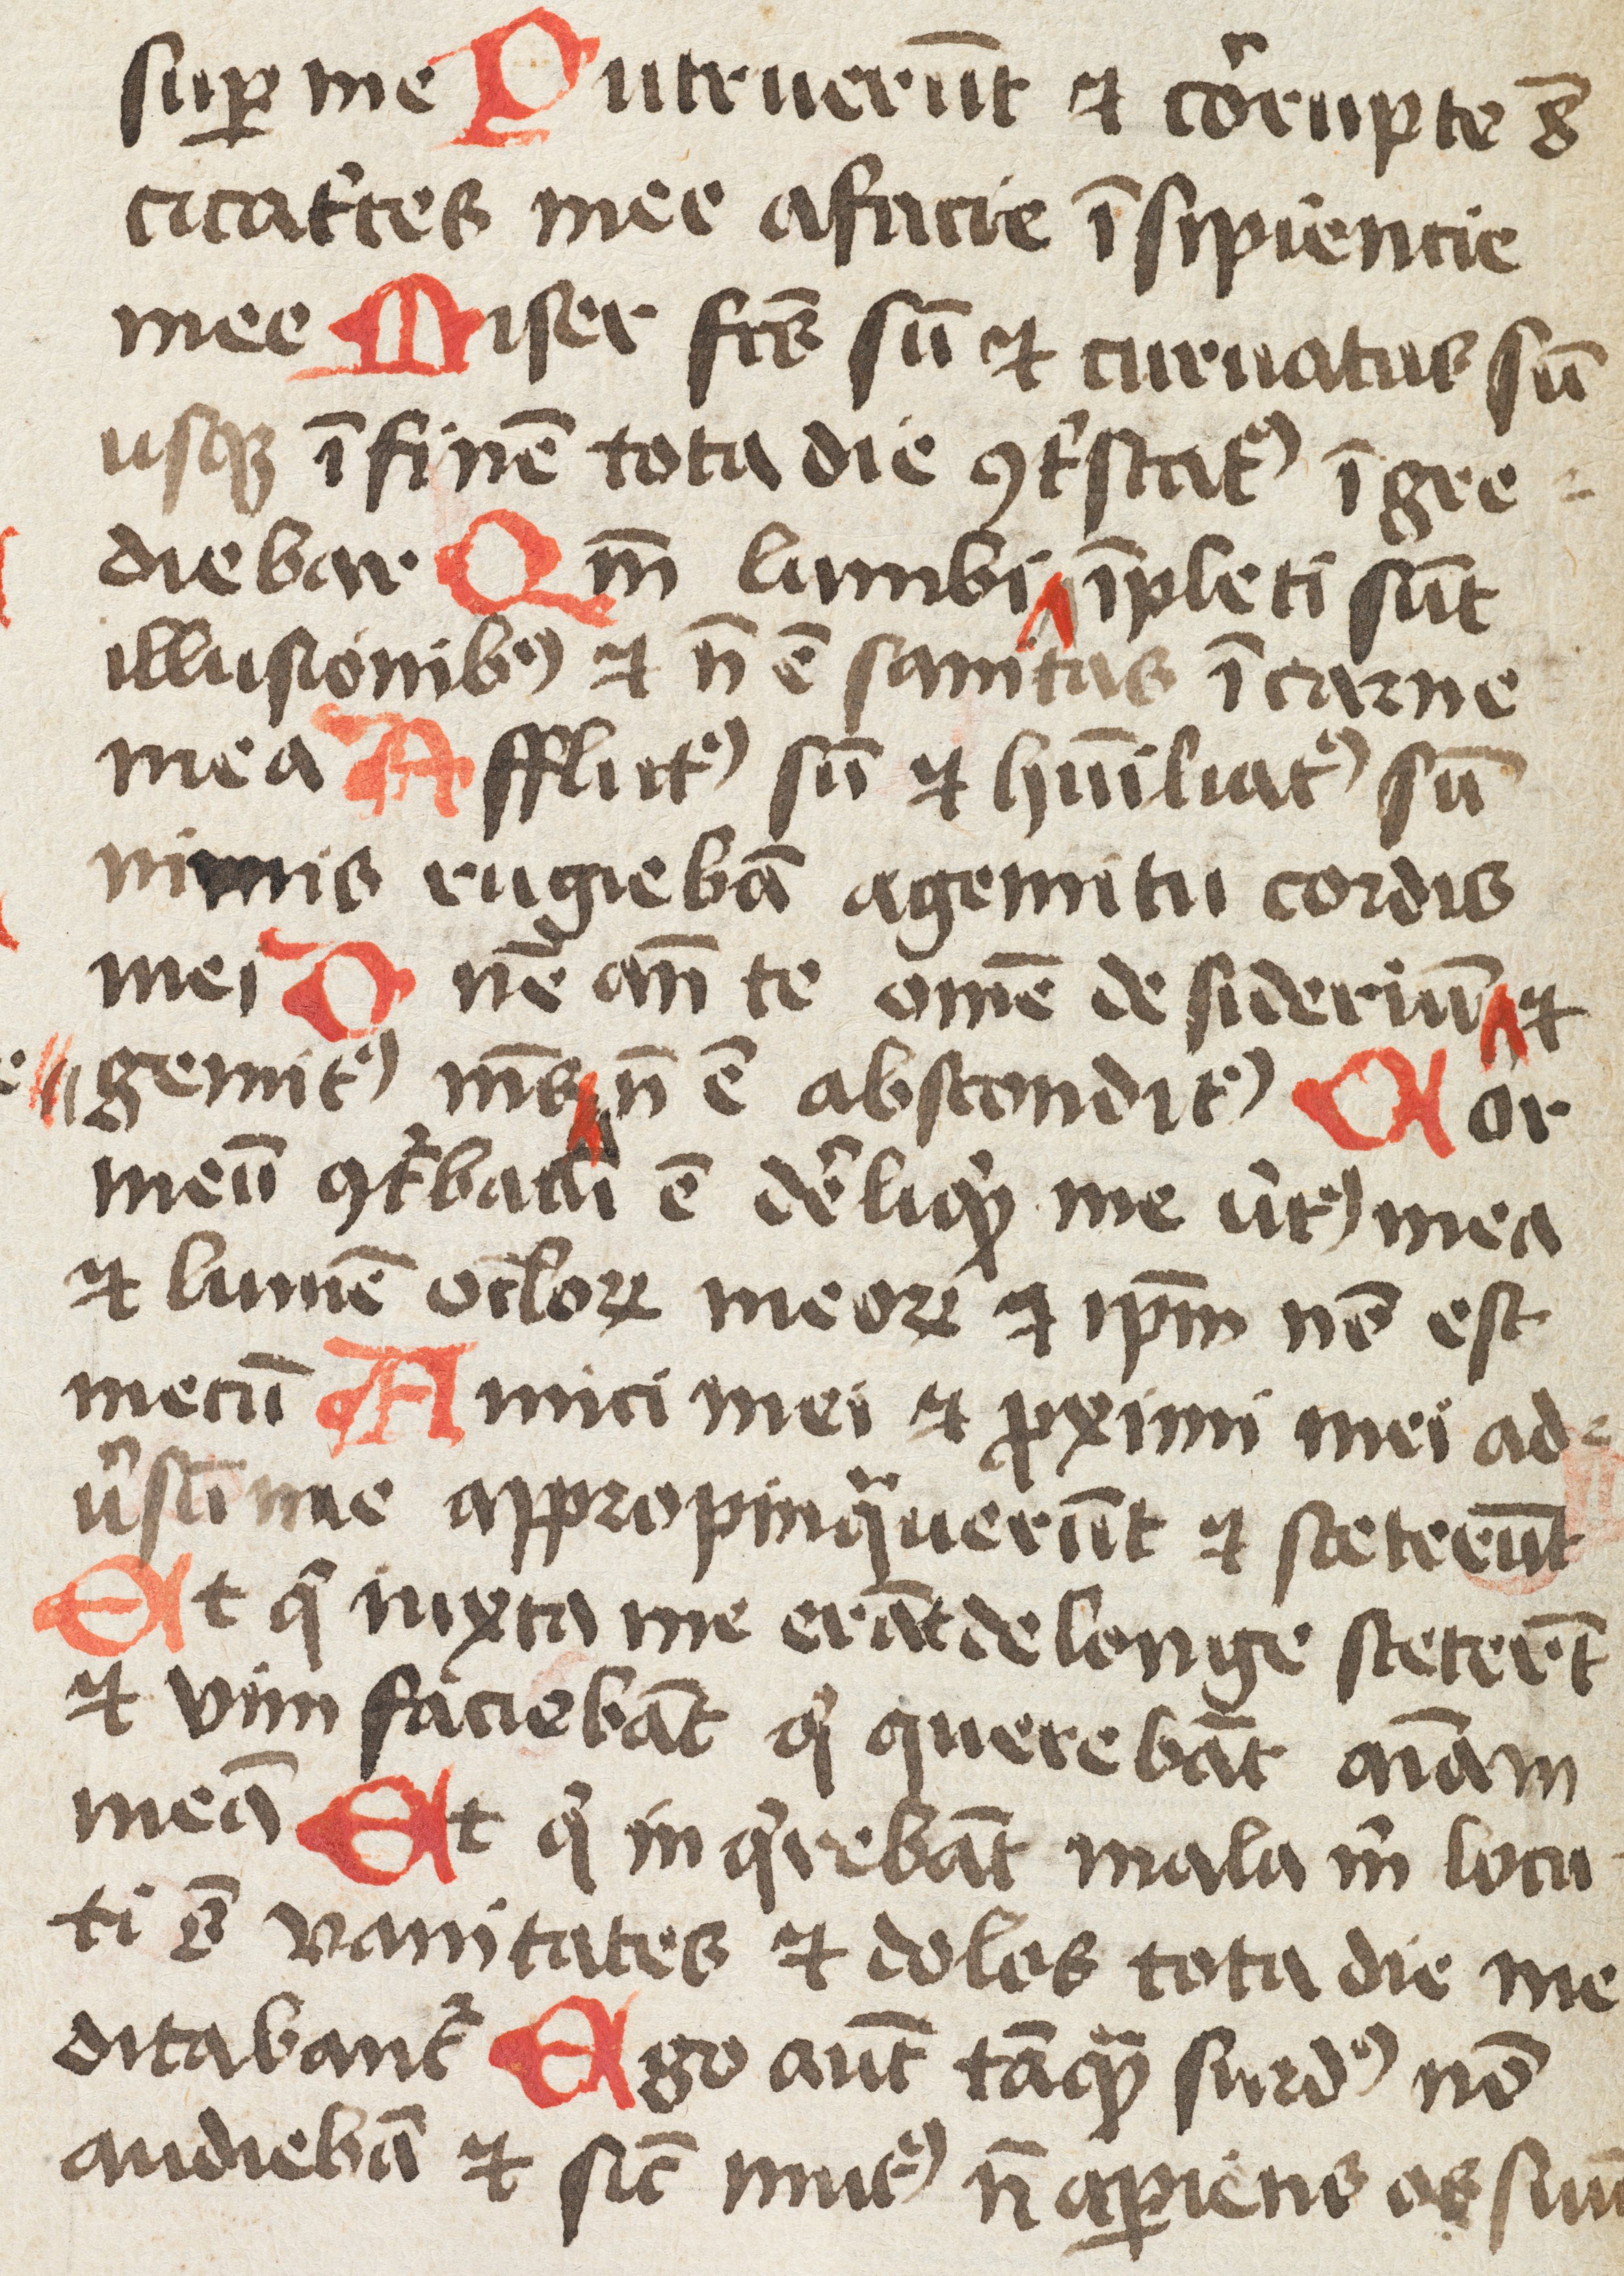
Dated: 1475–1499